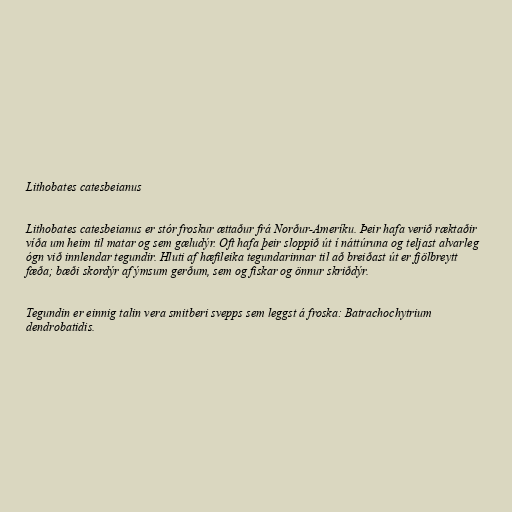
Lithobates catesbeianus

Lithobates catesbeianus er stór froskur ættaður frá Norður-Ameríku. Þeir hafa verið ræktaðir
víða um heim til matar og sem gæludýr. Oft hafa þeir sloppið út í náttúruna og teljast alvarleg
ógn við innlendar tegundir. Hluti af hæfileika tegundarinnar til að breiðast út er fjölbreytt
fæða; bæði skordýr af ýmsum gerðum, sem og fiskar og önnur skriðdýr.

Tegundin er einnig talin vera smitberi svepps sem leggst á froska: Batrachochytrium
dendrobatidis.